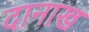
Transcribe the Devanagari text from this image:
दानाख